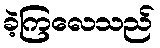
ခဲ့ကြလေသည်